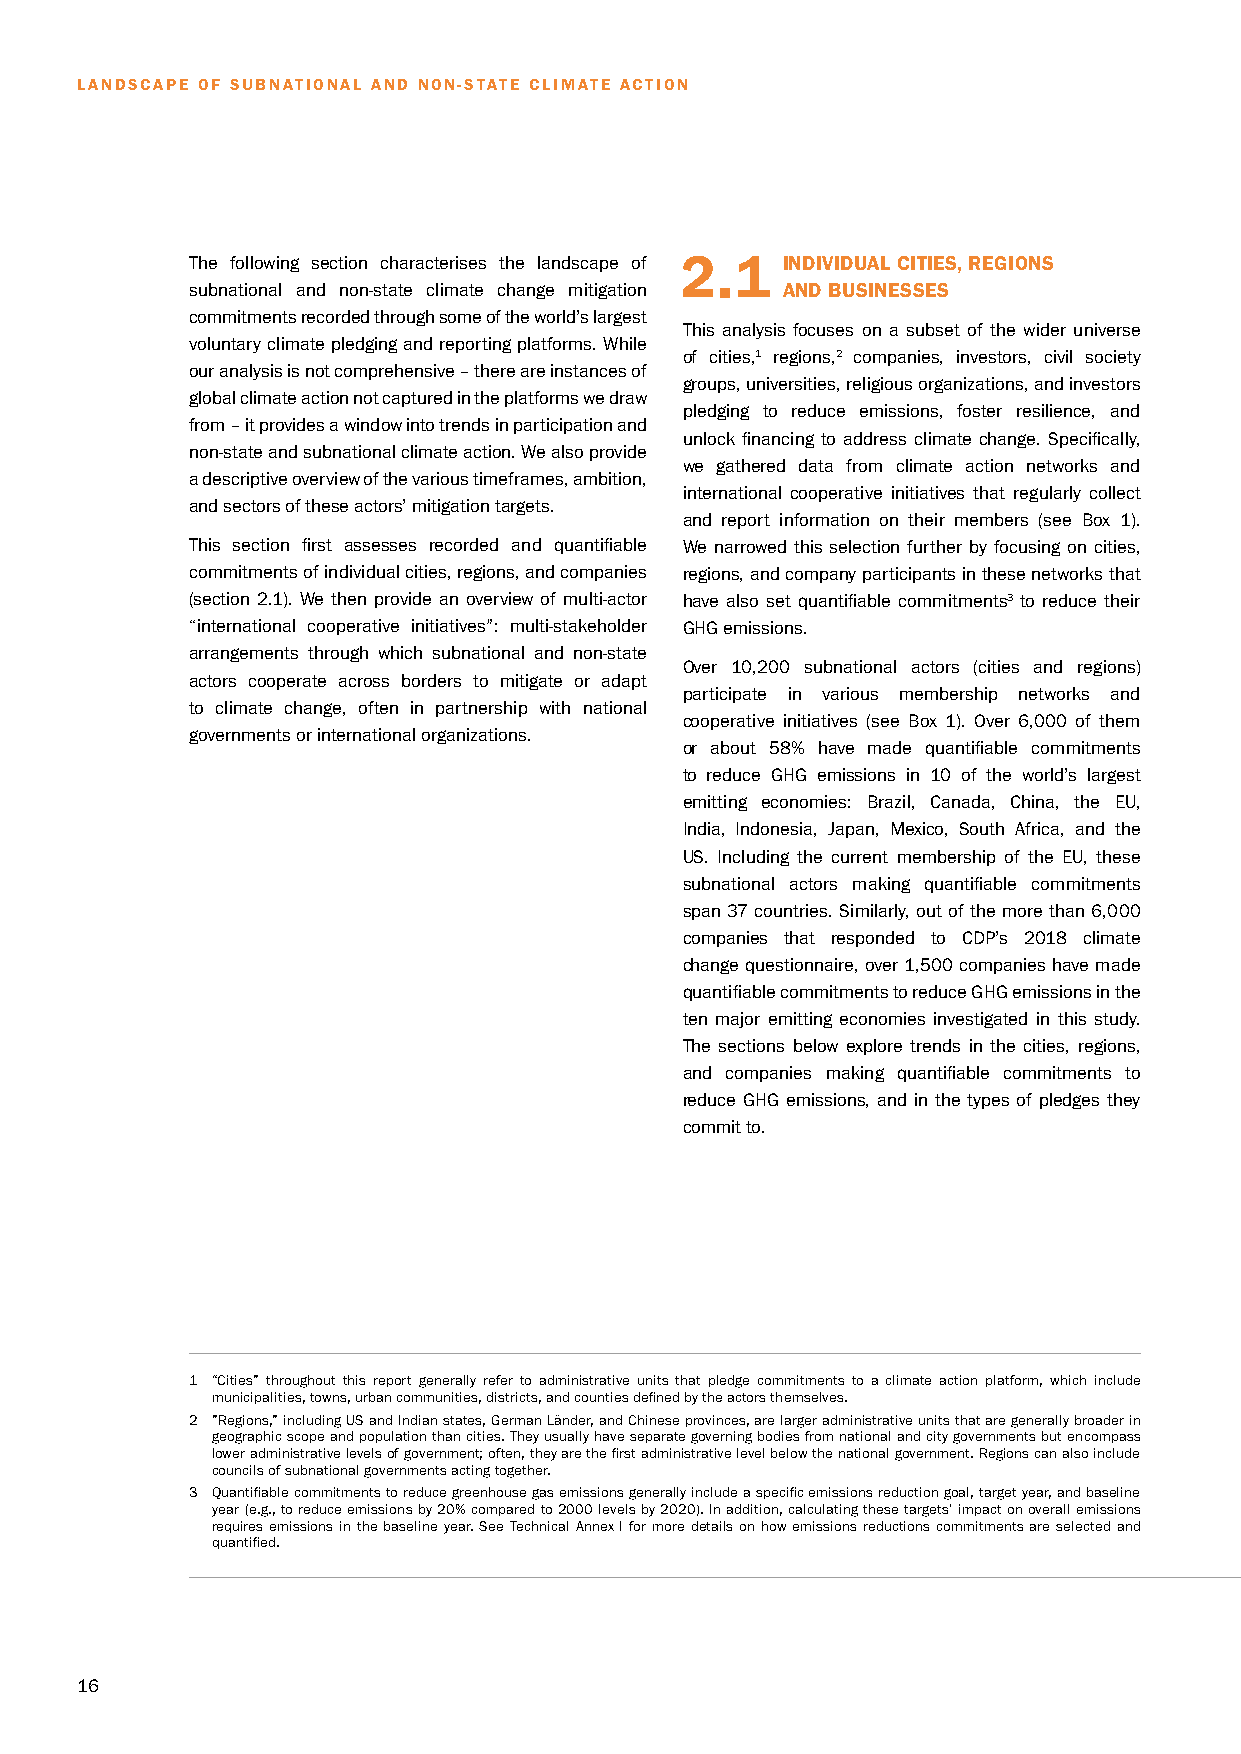
LANDSCAPE OF SUBNATIONAL AND NON-STATE CLIMATE ACTION
 The following section characterises the landscape of 2.1 INDIVIDUAL CITIES, REGIONS
 subnational and non-state climate change mitigation AND BUSINESSES
 commitments recorded through some of the world’s largest
 This analysis focuses on a subset of the wider universe
 voluntary climate pledging and reporting platforms. While
 of cities,1 regions,2 companies, investors, civil society
 our analysis is not comprehensive – there are instances of
 groups, universities, religious organizations, and investors
 global climate action not captured in the platforms we draw
 pledging to reduce emissions, foster resilience, and
 from – it provides a window into trends in participation and
 unlock financing to address climate change. Specifically,
 non-state and subnational climate action. We also provide
 we gathered data from climate action networks and
 a descriptive overview of the various timeframes, ambition,
 international cooperative initiatives that regularly collect
 and sectors of these actors’ mitigation targets.
 and report information on their members (see Box 1).
 This section first assesses recorded and quantifiable We narrowed this selection further by focusing on cities,
 commitments of individual cities, regions, and companies regions, and company participants in these networks that
 (section 2.1). We then provide an overview of multi-actor have also set quantifiable commitments3 to reduce their
 “international cooperative initiatives”: multi-stakeholder GHG emissions.
 arrangements through which subnational and non-state
 Over 10,200 subnational actors (cities and regions)
 actors cooperate across borders to mitigate or adapt
 participate in various membership networks and
 to climate change, often in partnership with national
 cooperative initiatives (see Box 1). Over 6,000 of them
 governments or international organizations.
 or about 58% have made quantifiable commitments
 to reduce GHG emissions in 10 of the world’s largest
 emitting economies: Brazil, Canada, China, the EU,
 India, Indonesia, Japan, Mexico, South Africa, and the
 US. Including the current membership of the EU, these
 subnational actors making quantifiable commitments
 span 37 countries. Similarly, out of the more than 6,000
 companies that responded to CDP’s 2018 climate
 change questionnaire, over 1,500 companies have made
 quantifiable commitments to reduce GHG emissions in the
 ten major emitting economies investigated in this study.
 The sections below explore trends in the cities, regions,
 and companies making quantifiable commitments to
 reduce GHG emissions, and in the types of pledges they
 commit to.
 1 “Cities” throughout this report generally refer to administrative units that pledge commitments to a climate action platform, which include
 municipalities, towns, urban communities, districts, and counties defined by the actors themselves.
 2 ”Regions,” including US and Indian states, German Länder, and Chinese provinces, are larger administrative units that are generally broader in
 geographic scope and population than cities. They usually have separate governing bodies from national and city governments but encompass
 lower administrative levels of government; often, they are the first administrative level below the national government. Regions can also include
 councils of subnational governments acting together.
 3 Quantifiable commitments to reduce greenhouse gas emissions generally include a specific emissions reduction goal, target year, and baseline
 year (e.g., to reduce emissions by 20% compared to 2000 levels by 2020). In addition, calculating these targets’ impact on overall emissions
 requires emissions in the baseline year. See Technical Annex I for more details on how emissions reductions commitments are selected and
 quantified.
 1166